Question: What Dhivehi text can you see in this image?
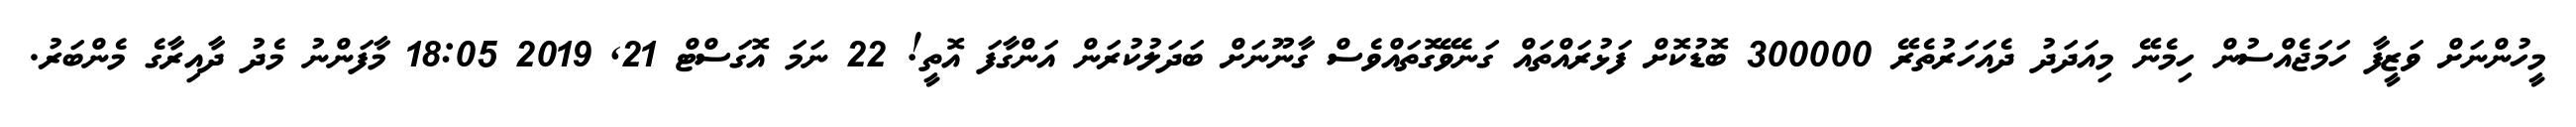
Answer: މީހުންނަށް ވަޒީފާ ހަމަޖެއްސުން ހިމެނޭ މިއަދަދު ދެއަހަރުތެރޭ 300000 ބޮޑުކޮށް ފަޅުރައްތައް ގަނެވޭގޮތައްވެސް ގާނޫނަށް ބަދަލުކުރަން އަންގާފަ އޮތީ! 22 ނަމަ އޮގަސްޓް 21, 2019 18:05 މާފަންނު މެދު ދާއިރާގެ މެންބަރު.